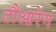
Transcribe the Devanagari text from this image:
टौआरेग